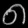
Digit: ၈